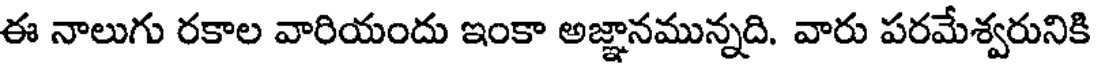
ఈ నాలుగు రకాల వారియందు ఇంకా అజ్ఞానమున్నది. వారు పరమేశ్వరునికి